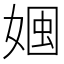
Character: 𡟏